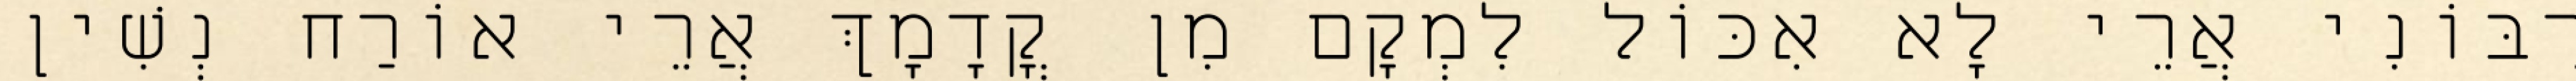
רִבּוֹנִי אֲרֵי לָא אִכּוֹל לִמְקָם מִן קֳדָמָךְ אֲרֵי אוֹרַח נְשִׁין